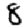
Digit: 8